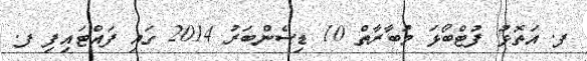
ފ. އަތޮޅު ފުޓްބޯޅަ މުބާރާތް 10 ޑިސެންބަރު 2014 ގައި ފައްޓައިފި ފ.